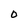
Character: 0